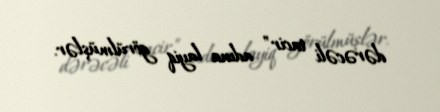
dərəcəli tacir" adına layiq görülmüşlər.